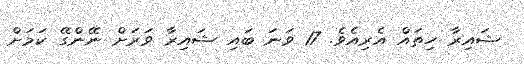
ޝައިރާ ހިތައް އެރިއެވެ. 17 ވަނަ ބައި ޝައިރާ ވަރަށް ނޭންގޭ ކަމަށް